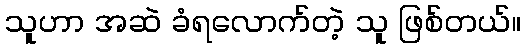
သူဟာ အဆဲ ခံရလောက်တဲ့ သူ ဖြစ်တယ်။